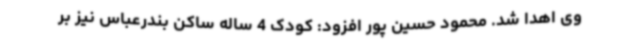
وی اهدا شد. محمود حسین پور افزود: کودک 4 ساله ساکن بندرعباس نیز بر